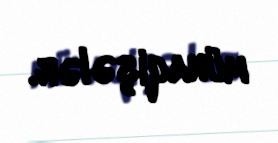
münaqişələr.